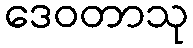
ဒေဝတာသု